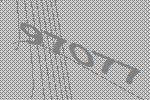
97077